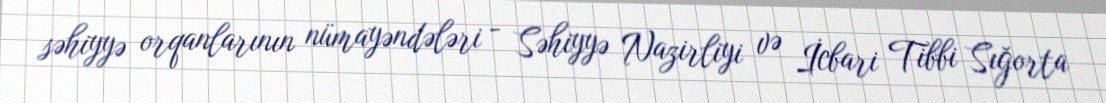
səhiyyə orqanlarının nümayəndələri - Səhiyyə Nazirliyi və İcbari Tibbi Sığorta